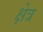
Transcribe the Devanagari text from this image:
क्षेत्र